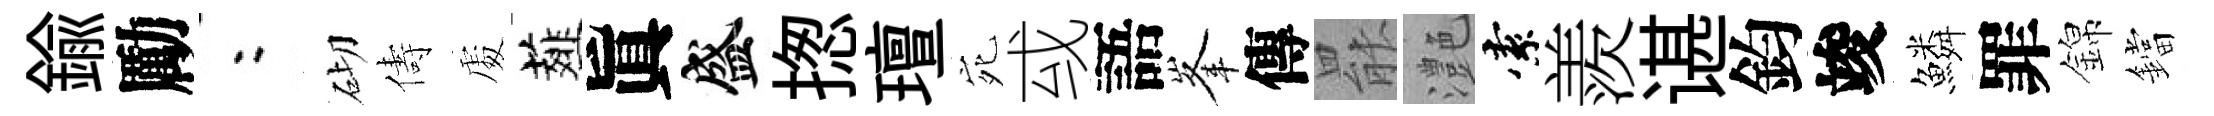
鍮勵欸砌儔𠁅薤眞盛揔璮宛㦯語峯傳罷灔索羨谌鈞竣鱗罪錦鐺